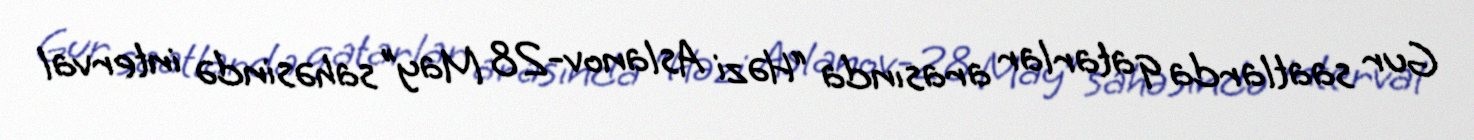
Gur saatlarda qatarlar arasında “Həzi Aslanov-28 May” sahəsində interval